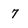
Character: 7